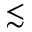
\lesssim